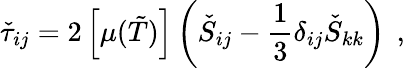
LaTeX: \check{\tau}_{ij}=2\left[\mu(\tilde{T})\right]\left(\check{S}_{ij}-\frac{1}{3}\delta_{ij}\check{S}_{kk}\right)\, \mathrm{~,~}